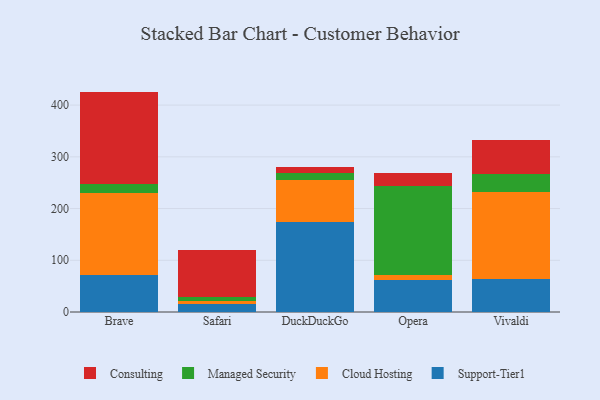
{"axis": {"x": "Browser", "y": "Market Share (%)"}, "legend": ["Cloud Hosting", "Consulting", "Managed Security", "Support-Tier1"], "data": [{"x": "Brave", "y": 71.1, "type": "Support-Tier1"}, {"x": "Brave", "y": 159.6, "type": "Cloud Hosting"}, {"x": "Brave", "y": 17.1, "type": "Managed Security"}, {"x": "Brave", "y": 178.3, "type": "Consulting"}, {"x": "Safari", "y": 14.7, "type": "Support-Tier1"}, {"x": "Safari", "y": 7.5, "type": "Cloud Hosting"}, {"x": "Safari", "y": 7.7, "type": "Managed Security"}, {"x": "Safari", "y": 89.5, "type": "Consulting"}, {"x": "DuckDuckGo", "y": 174.7, "type": "Support-Tier1"}, {"x": "DuckDuckGo", "y": 81.1, "type": "Cloud Hosting"}, {"x": "DuckDuckGo", "y": 12.5, "type": "Managed Security"}, {"x": "DuckDuckGo", "y": 12.8, "type": "Consulting"}, {"x": "Opera", "y": 62.8, "type": "Support-Tier1"}, {"x": "Opera", "y": 8.0, "type": "Cloud Hosting"}, {"x": "Opera", "y": 172.9, "type": "Managed Security"}, {"x": "Opera", "y": 24.9, "type": "Consulting"}, {"x": "Vivaldi", "y": 63.3, "type": "Support-Tier1"}, {"x": "Vivaldi", "y": 169.1, "type": "Cloud Hosting"}, {"x": "Vivaldi", "y": 33.7, "type": "Managed Security"}, {"x": "Vivaldi", "y": 67.1, "type": "Consulting"}]}